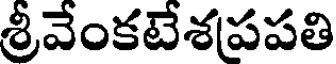
శ్రీవేంకటేశపపతి